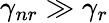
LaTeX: \gamma_{nr}\gg\gamma_{r}